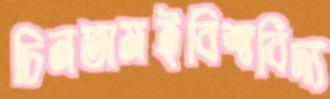
চিনতামইবিশ্ববিদ্য